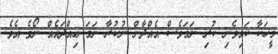
މީހަކާ ކައިވެނި ކުރި ނަމަވެސް އެއްދާން ނުކުރާ ނަމަ ޢިއްދައެއް ނޯވެ އެވެ.